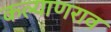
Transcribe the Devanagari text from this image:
कल्याणराव